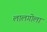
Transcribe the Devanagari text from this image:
लालगोला